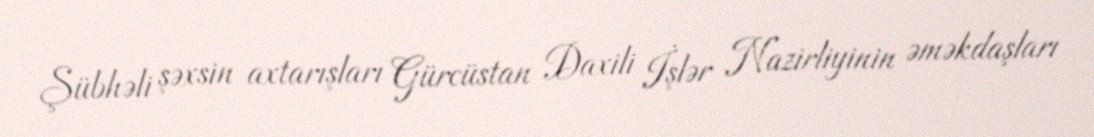
Şübhəli şəxsin axtarışları Gürcüstan Daxili İşlər Nazirliyinin əməkdaşları